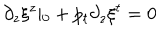
\partial _ { z } \xi ^ { z } \vert _ { 0 } + p _ { t } \partial _ { z } \xi ^ { t } = 0